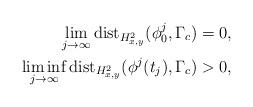
LaTeX: \begin{align*}\lim_{j\to\infty}\mathrm{dist}_{H_{x,y}^2}(\phi_0^j,\Gamma_c)=0,\\\liminf_{j\to\infty}\mathrm{dist}_{H_{x,y}^2}(\phi^j(t_j),\Gamma_c)>0,\end{align*}